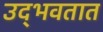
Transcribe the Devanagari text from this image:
उद्‍भवतात